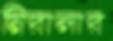
নিরালার